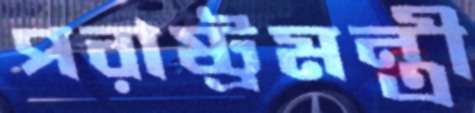
পরাষ্ট্রমন্ত্রী